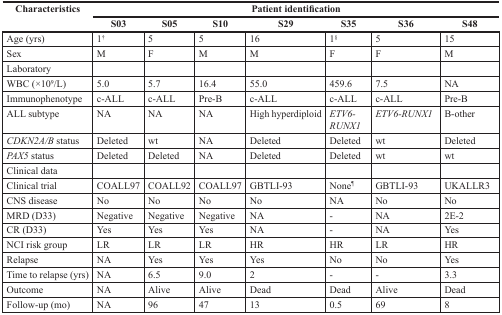
<table><thead><tr><td rowspan="2"><b>Characteristics</b></td><td colspan="7"><b>Patient identification</b></td></tr><tr><td><b>S03</b></td><td><b>S05</b></td><td><b>S10</b></td><td><b>S29</b></td><td><b>S35</b></td><td><b>S36</b></td><td><b>S48</b></td></tr></thead><tbody><tr><td>Age (yrs)</td><td>1<sup>†</sup></td><td>5</td><td>5</td><td>16</td><td>1<sup>§</sup></td><td>5</td><td>15</td></tr><tr><td>Sex</td><td>M</td><td>F</td><td>M</td><td>M</td><td>F</td><td>F</td><td>M</td></tr><tr><td>Laboratory</td><td></td><td></td><td></td><td></td><td></td><td></td><td></td></tr><tr><td>WBC (×10<sup>9</sup>/L)</td><td>5.0</td><td>5.7</td><td>16.4</td><td>55.0</td><td>459.6</td><td>7.5</td><td>NA</td></tr><tr><td>Immunophenotype</td><td>c-ALL</td><td>c-ALL</td><td>Pre-B</td><td>c-ALL</td><td>c-ALL</td><td>c-ALL</td><td>Pre-B</td></tr><tr><td>ALL subtype</td><td>NA</td><td>NA</td><td>NA</td><td>High hyperdiploid</td><td><i>ETV6-RUNX1</i></td><td><i>ETV6-RUNX1</i></td><td>B-other</td></tr><tr><td><i>CDKN2A/B</i> status</td><td>Deleted</td><td>wt</td><td>NA</td><td>Deleted</td><td>Deleted</td><td>wt</td><td>Deleted</td></tr><tr><td><i>PAX5</i> status</td><td>Deleted</td><td>Deleted</td><td>NA</td><td>Deleted</td><td>Deleted</td><td>wt</td><td>wt</td></tr><tr><td>Clinical data</td><td></td><td></td><td></td><td></td><td></td><td></td><td></td></tr><tr><td>Clinical trial</td><td>COALL97</td><td>COALL92</td><td>COALL97</td><td>GBTLI-93</td><td>None<sup>¶</sup></td><td>GBTLI-93</td><td>UKALLR3</td></tr><tr><td>CNS disease</td><td>No</td><td>No</td><td>No</td><td>No</td><td>NA</td><td>No</td><td>No</td></tr><tr><td>MRD (D33)</td><td>Negative</td><td>Negative</td><td>Negative</td><td>NA</td><td>-</td><td>NA</td><td>2E-2</td></tr><tr><td>CR (D33)</td><td>Yes</td><td>Yes</td><td>Yes</td><td>NA</td><td>-</td><td>NA</td><td>Yes</td></tr><tr><td>NCI risk group</td><td>LR</td><td>LR</td><td>LR</td><td>HR</td><td>HR</td><td>LR</td><td>HR</td></tr><tr><td>Relapse</td><td>NA</td><td>Yes</td><td>Yes</td><td>Yes</td><td>No</td><td>No</td><td>Yes</td></tr><tr><td>Time to relapse (yrs)</td><td>NA</td><td>6.5</td><td>9.0</td><td>2</td><td>-</td><td>-</td><td>3.3</td></tr><tr><td>Outcome</td><td>NA</td><td>Alive</td><td>Alive</td><td>Dead</td><td>Dead</td><td>Alive</td><td>Dead</td></tr><tr><td>Follow-up (mo)</td><td>NA</td><td>96</td><td>47</td><td>13</td><td>0.5</td><td>69</td><td>8</td></tr></tbody></table>